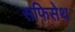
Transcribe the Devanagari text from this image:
सफिसेथ